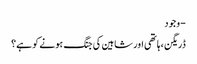
- وجود
ڈریگن ،ہاتھی اور شاہین کی جنگ ہونے کو ہے؟